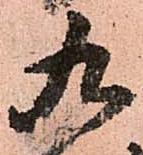
九